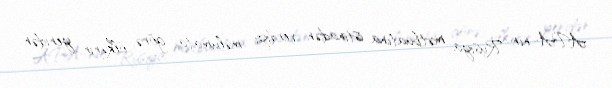
APA-nın Rusiya mətbuatına istinadən verdiyi məlumata görə, ölkənin yenidən